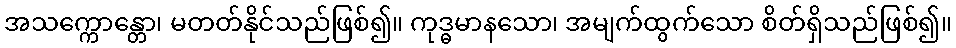
အသက္ကောန္တော၊ မတတ်နိုင်သည်ဖြစ်၍။ ကုဒ္ဓမာနသော၊ အမျက်ထွက်သော စိတ်ရှိသည်ဖြစ်၍။